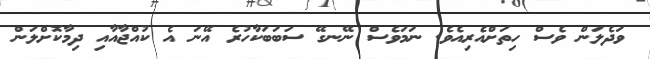
ވަދެލަން ވެސް ހިތަށްއެރިއެވެ. ނަމަވެސް ނޭނގޭ ސަބަބަކާހުރެ އޭނަ އެ ކުއްޖާއާއި ދިމާކޮށްލަން